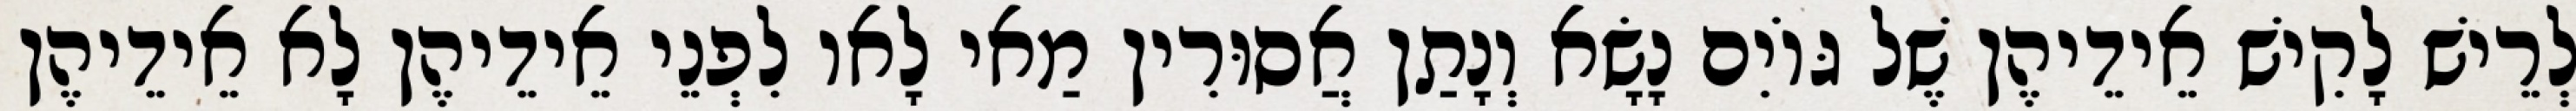
לְרֵישׁ לָקִישׁ אֵידֵיהֶן שֶׁל גּוֹיִם נָשָׂא וְנָתַן אֲסוּרִין מַאי לָאו לִפְנֵי אֵידֵיהֶן לָא אֵידֵיהֶן